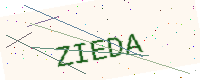
Text: ZIEDA